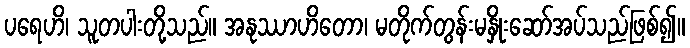
ပရေဟိ၊ သူတပါးတို့သည်။ အနုဿာဟိတော၊ မတိုက်တွန်းမနှိုးဆော်အပ်သည်ဖြစ်၍။